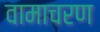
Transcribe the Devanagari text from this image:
वामाचरण